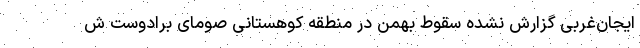
ایجان‌غربی گزارش نشده سقوط بهمن در منطقه کوهستانی صومای برادوست ش